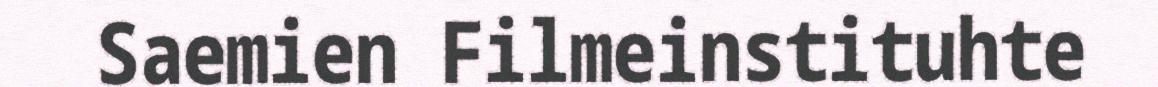
Saemien Filmeinstituhte